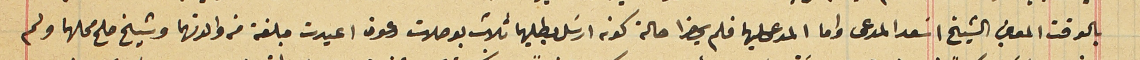
بالوقت المعين الشيخ اسَعد المدعى واما المدعى عليهما فلم يحضرا حالة كونه ارسَل بطلبهما ثلاث بوصلات دعوة اعيدت مبلغة من والدتهما وشيخ صلح محلهما ولم